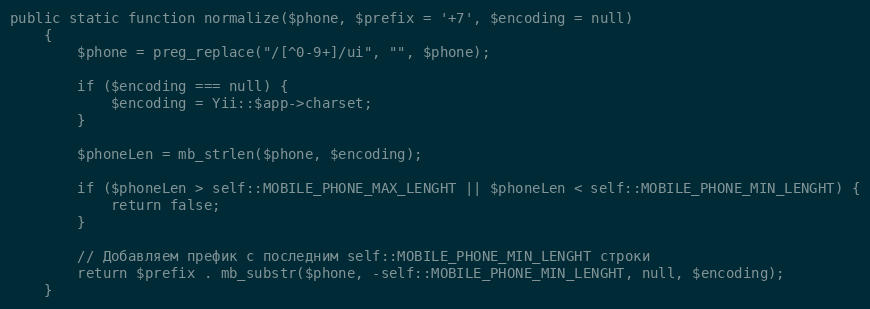
Language: PHP
public static function normalize($phone, $prefix = '+7', $encoding = null)
    {
        $phone = preg_replace("/[^0-9+]/ui", "", $phone);

        if ($encoding === null) {
            $encoding = Yii::$app->charset;
        }

        $phoneLen = mb_strlen($phone, $encoding);

        if ($phoneLen > self::MOBILE_PHONE_MAX_LENGHT || $phoneLen < self::MOBILE_PHONE_MIN_LENGHT) {
            return false;
        }

        // Добавляем префик с последним self::MOBILE_PHONE_MIN_LENGHT строки
        return $prefix . mb_substr($phone, -self::MOBILE_PHONE_MIN_LENGHT, null, $encoding);
    }